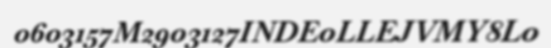
0603157M2903127INDE0LLEJVMY8L0